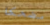
مضحكا